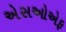
એસઓએફ